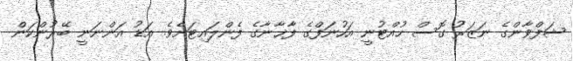
ޝަފްވާންގެ ނަޒަރު ގޮސް ހުއްޓުނީ އަހުނަފްގެ ފާޚާނާގެ ފެންލައިޓަށެވެ. އަޑު އަންނަނީ ބޭރުންކަން